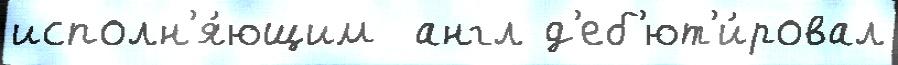
исполн'я́ющим  англ д'еб'ют'и́ровал